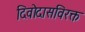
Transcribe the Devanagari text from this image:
दिवोदासविरक्त